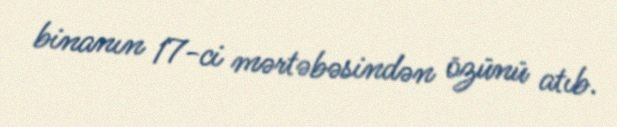
binanın 17-ci mərtəbəsindən özünü atıb.